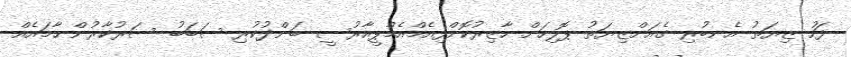
ފަހު ޒިޔަތު އެނބުރި ގެއަށްޒިޔަތުު ޕޮލިހަށް ހާޒިރުކޮށްފިއެމްއެމްޕީއާރުސީ ބަންދުކުރި ސަބަބު ސަރުކާރުން ހާމައެއް